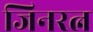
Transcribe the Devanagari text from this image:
जिनरत्न